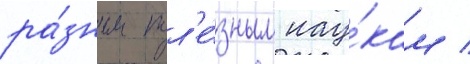
ра́зным пол'е́зным нау́кам /